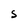
Character: S